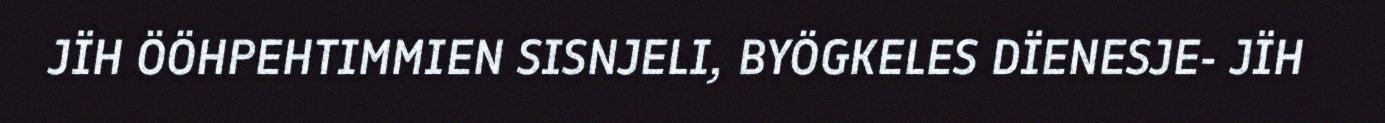
JÏH ÖÖHPEHTIMMIEN SISNJELI, BYÖGKELES DÏENESJE- JÏH